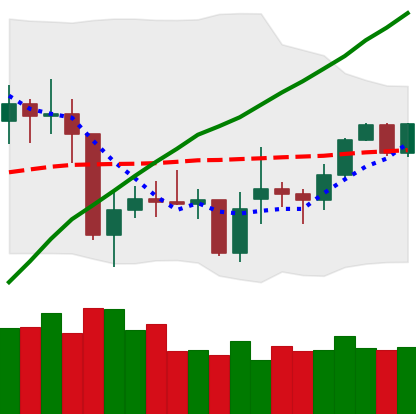
Ticker: XMR-USD
Chart end date: 2021-02-05
Forward return: 13.164%
Label: up_7plus